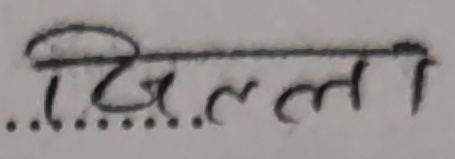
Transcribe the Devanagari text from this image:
प्रिल्लन